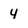
Character: 4